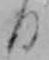
日